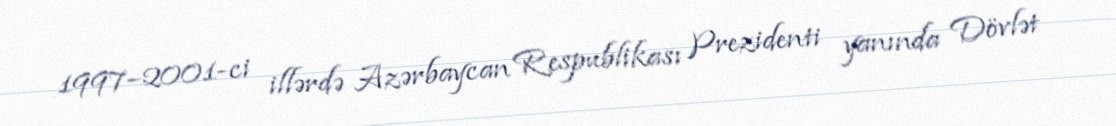
1997–2001-ci illərdə Azərbaycan Respublikası Prezidenti yanında Dövlət